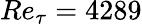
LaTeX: Re_{\tau}=4289